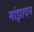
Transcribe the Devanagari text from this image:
मांझादन